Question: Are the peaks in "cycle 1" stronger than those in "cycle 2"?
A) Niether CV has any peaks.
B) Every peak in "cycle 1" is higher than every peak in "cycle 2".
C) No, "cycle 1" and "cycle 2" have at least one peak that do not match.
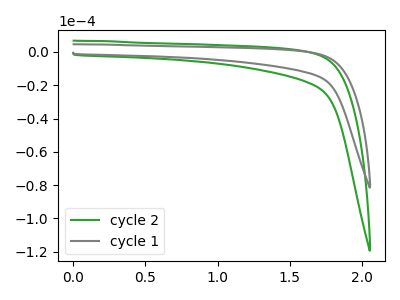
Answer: <think>The green curve "cycle 2" has no peaks. The gray curve "cycle 1" has no peaks.</think>
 <answer>A) Niether CV has any peaks.</answer>
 <eval>A</eval>